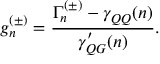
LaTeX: g _ { n } ^ { ( \pm ) } = \frac { \Gamma _ { n } ^ { ( \pm ) } - \gamma _ { Q Q } ( n ) } { \gamma _ { Q G } ^ { \prime } ( n ) } .